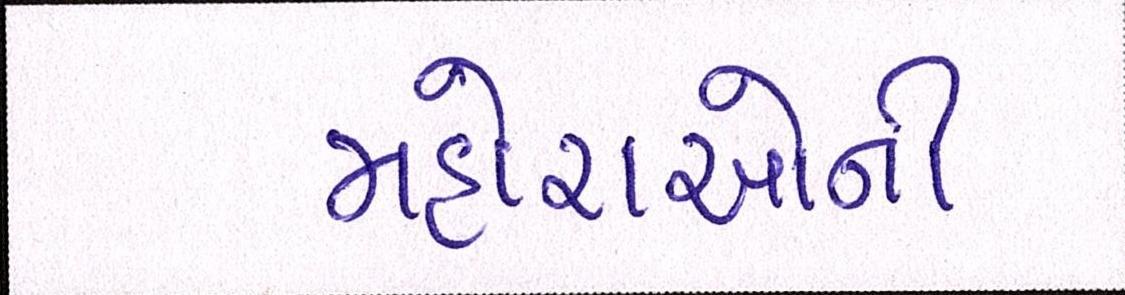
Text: મહોરાઓની